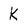
Character: K